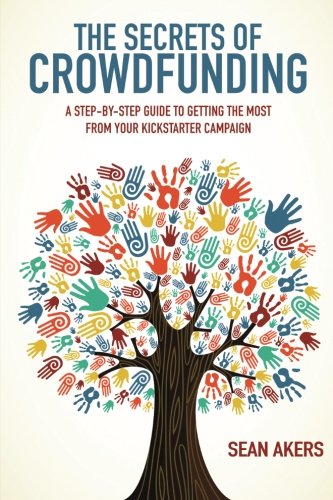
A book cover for The Secrets of Crowdfunding: A Step-by-Step Guide to Getting the Most From Your Kickstarter Campaign; Sean Akers; Business & Money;